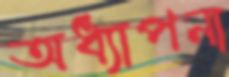
অধ্যাপনা